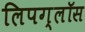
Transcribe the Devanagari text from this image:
लिपग्लॉस